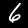
Digit: 6